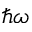
\hbar \omega